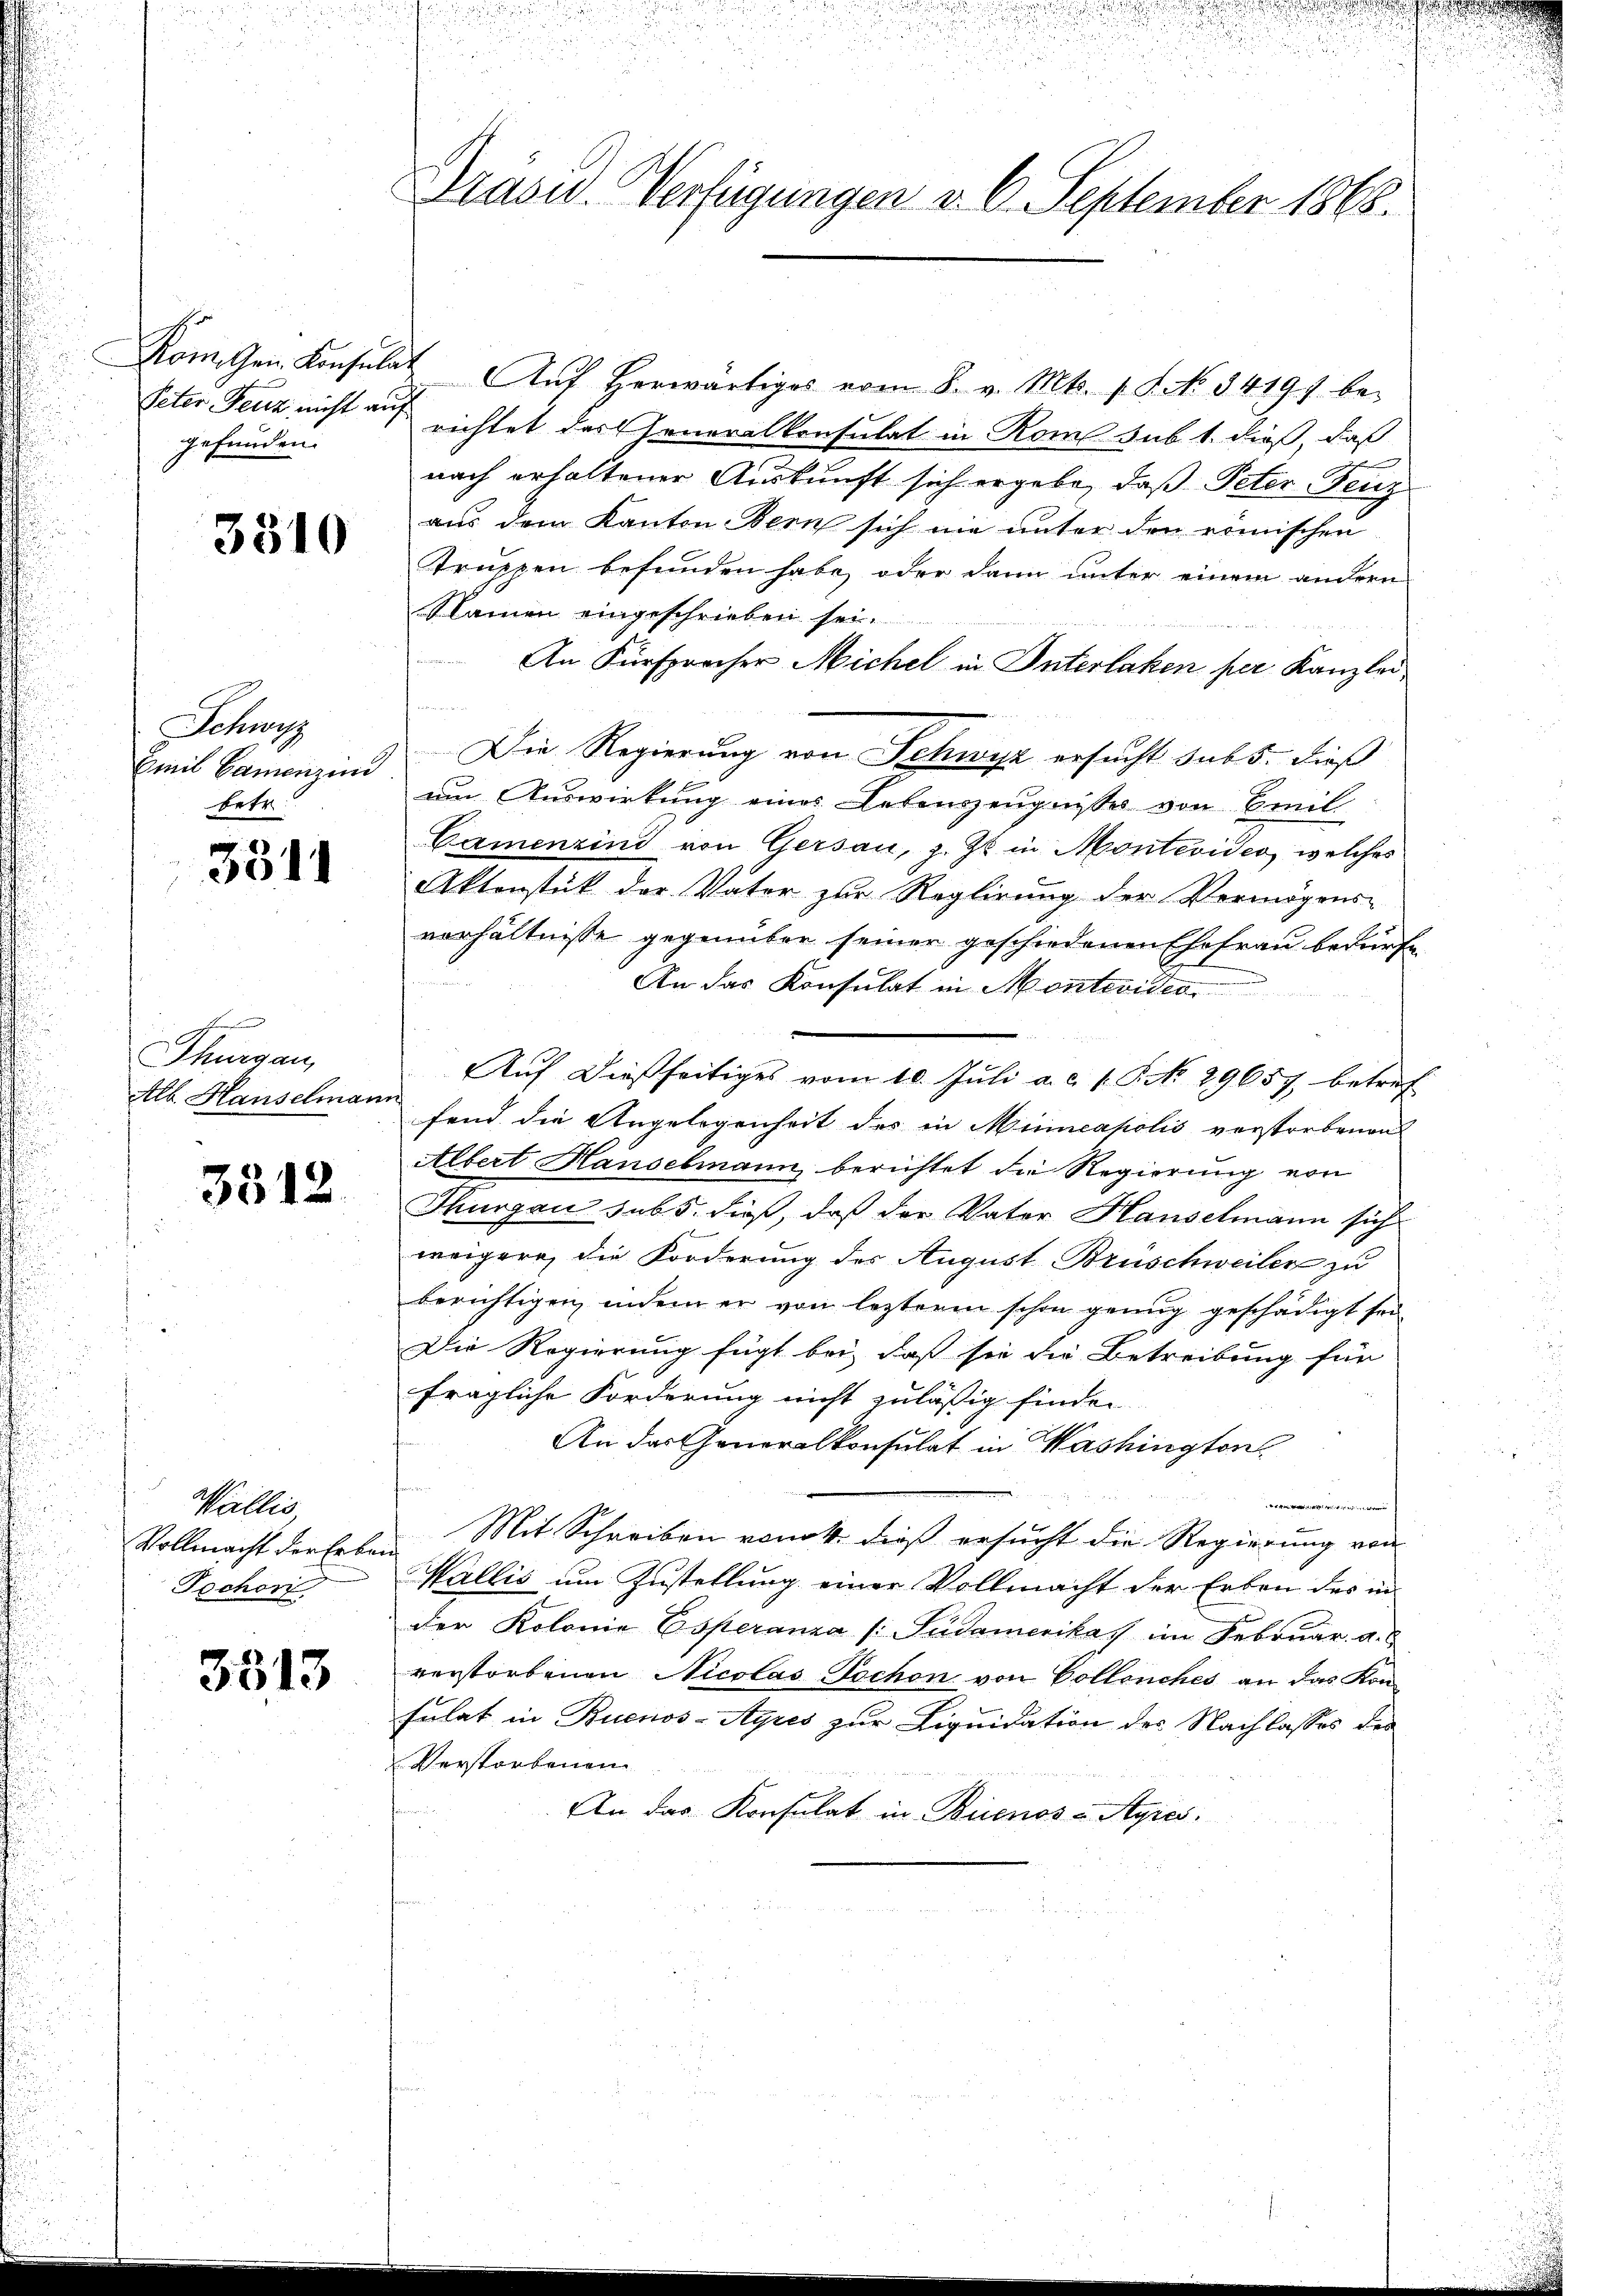
gefunden.

3310

Schwyz
Emil Gamenzind
Fetr.

3311

Thurgau,
Alb. Hauselman

3512

n
Wallis,
Vollmacht der Erben
Tochon

3513

Präsid. Verfügungen v. 6. September 1868.

Komogen Konsulat Aŭf herwärtiges vom 8. v. Mts. f. S. No. 34191. be¬
Peter Fenz nicht auf richtet der Generalkonsulat in Rome sub 1. dieß, daß
nach erhaltener Auskunft sich ergebe, daß Peter-Feuz
aus dem Kanton Bern sich nie unter den römischen
Truppen befunden habe, oder dann unter einem andern
Namen eingeschrieben sei.
252
An Fürsprocher Michel in Interlaken per Kanzlei
n
Die Regierung von Schwyz ersucht sub 5. dieß
um Auswirkung eines Lebenszeugnisses von Breil
Camenzind von Gersau, z. Zt. in Montevides, welches
Aktenstück der Vater zur Reglirung der Vermögens-
verhältnisse gegenüber seiner geschiedenen Ehefrau bedürfe
An das Konsulat in Montevidio
Auf dießseitiges vom 10. Juli a.c. s. S. No. 29657 betref
r
fend die Angelegenheit des in Mineapolis verstorbenen
Albert Hanselmann berichtet die Regierung von
Thurgau sub 5. dieß, daß der Vater Hauselmann sich
weigere, die Forderung des August Brüschweiler zu
berichtigen, indem er von lezteren schon genug geschädigt sei
Die Regierung fügt bei, daß sie die Betreibung für
fragliche Forderung nicht zulässig finden
An das Generalkonsulat in Washington
t
Mit Schreiben vonck dieß ersucht die Regierung von
Wallis um Zustellung einer Vollmacht der Erben des in
der Kolonie Esperanza (: Südamerikas im Februar. a.
verstorbenen Nicolas Techon von Collenches an das Kon-
Fulat in Buenos-Ayres zur Liquidation des Nachlasses des
Verstorbenen
An das Konsulat in Buenos-Ayres.